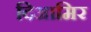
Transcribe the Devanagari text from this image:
दिआमिर